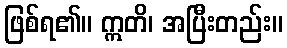
ဖြစ်ရ၏။ ဣတိ၊ အပြီးတည်း။